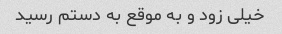
خیلی زود و به موقع به دستم رسید